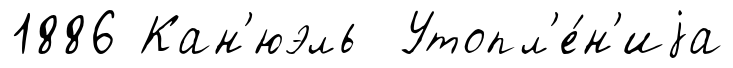
1886 Кан'юэль Утопл'е́н'иjа